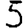
Digit: 5